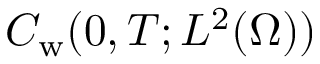
C _ { \mathrm w } ( 0 , T ; L ^ { 2 } ( \Omega ) )